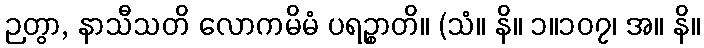
ဉတွာ, နာသီသတိ လောကမိမံ ပရဉ္စာတိ။ (သံ။ နိ။ ၁။၁၀၇၊ အ။ နိ။